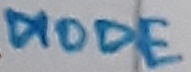
Text: DIODE